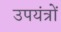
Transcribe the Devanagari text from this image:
उपयंत्रों